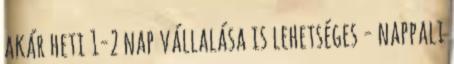
akár heti 1-2 nap vállalása is lehetséges - nappali